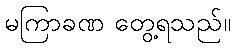
မကြာခဏ တွေ့ရသည်။